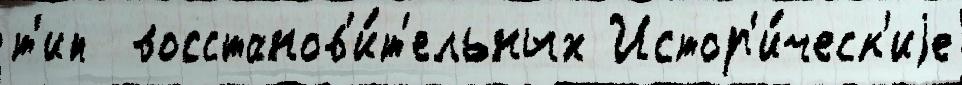
т'ип  восстанов'и́т'ельных Истор'и́ческ'иjе